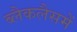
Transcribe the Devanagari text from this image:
ब्लैकलैसमें